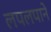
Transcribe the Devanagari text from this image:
लपलपाने